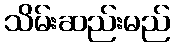
သိမ်းဆည်းမည်